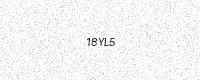
Text: 18YL5